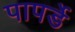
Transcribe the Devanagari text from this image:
पापर्डे